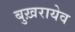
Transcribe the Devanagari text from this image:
बुख़रायेव